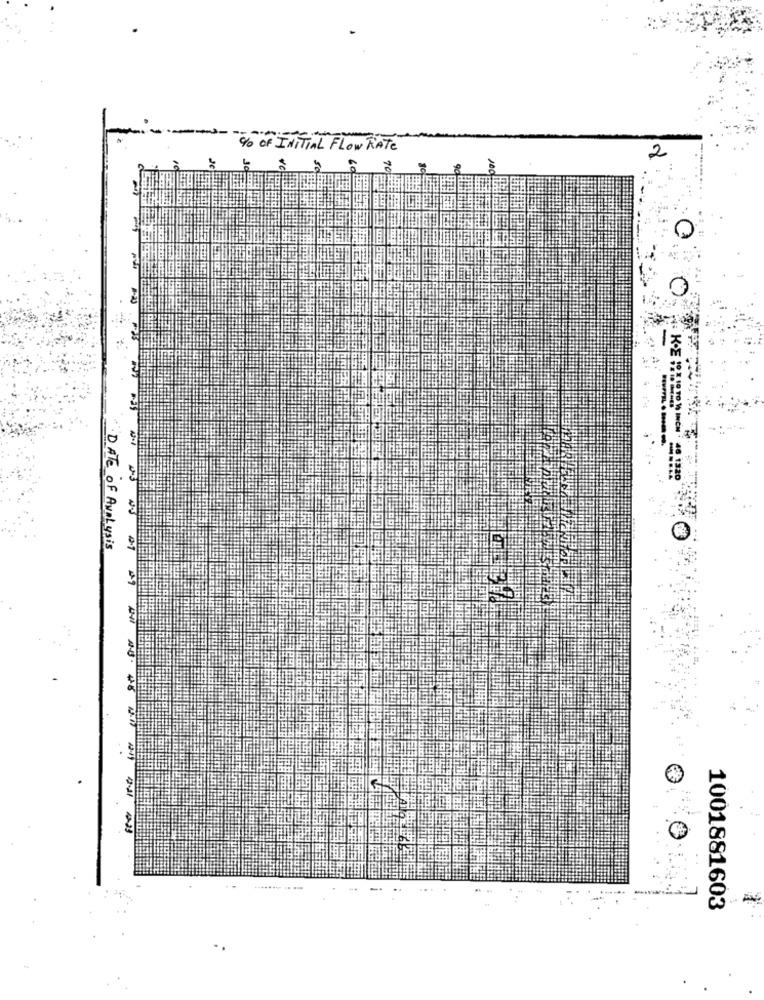
----
"% OF INITIAL FLOW RATE
2
0
K.ES
DATE OF Analysis
---------
1001881603